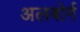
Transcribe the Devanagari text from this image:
अलबोर्ग